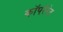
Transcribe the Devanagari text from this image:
कॉपरेरेट